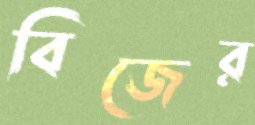
বিজের